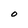
Character: O